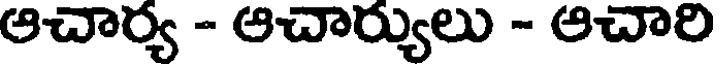
ఆచార్య - ఆచార్యులు - ఆచారి